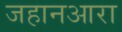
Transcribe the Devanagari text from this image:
जहानआरा